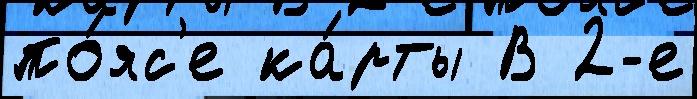
по́яс'е ка́рты В 2-е